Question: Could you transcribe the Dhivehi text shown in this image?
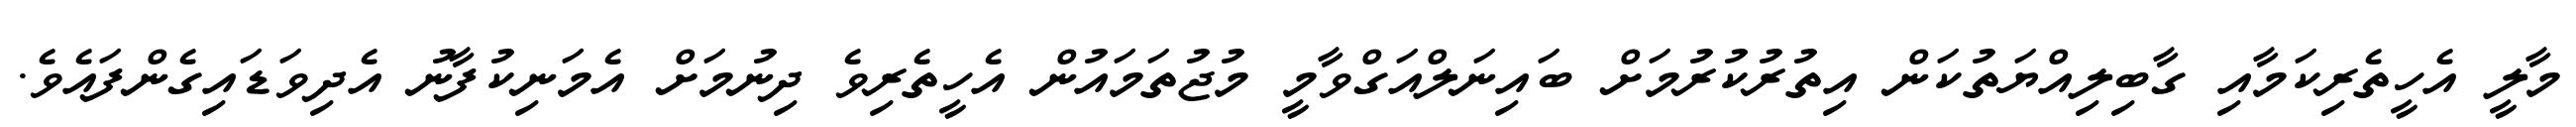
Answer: މާލީ އެހީތެރިކަމާއި ގާބިލިއްޔަތުކަން އިތުރުކުރުމަށް ބައިނަލްއަގްވާމީ މުޖުތަމައުން އެހީތެރިވެ ދިނުމަށް އެމަނިކުފާނު އެދިވަޑައިގެންފައެވެ.